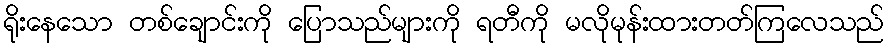
ရိုးနေသော တစ်ချောင်းကို ပြောသည်များကို ရတီကို မလိုမုန်းထားတတ်ကြလေသည်